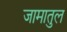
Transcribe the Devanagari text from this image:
जामातुल